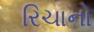
રિચાનો